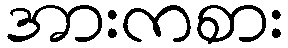
အားကစား